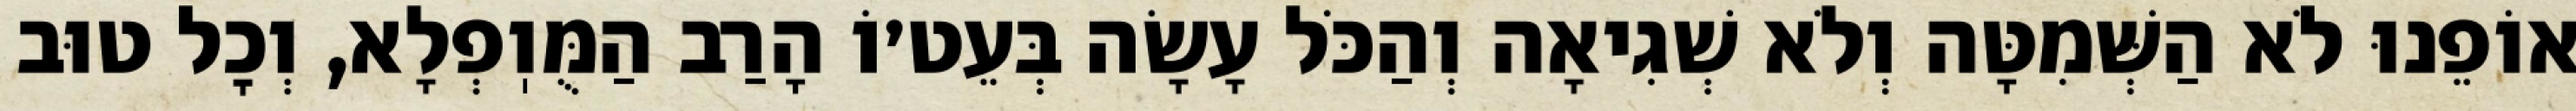
אוֹפֵנוּ לֹא הַשְּׁמִטָּה וְלֹא שְׁגִיאָה וְהַכֹּל עָשָׂה בְּעֵט׳וֹ הָרַב הַמֻּוֽפְלָא, וְכׇל טוּב